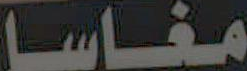
مغاسا